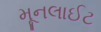
મૂનલાઈટ